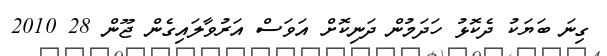
ގިނަ ބަޔަކު ދެކޮޅު ހަދަމުން ދަނިކޮށް އަވަސް އަރުވާލައިގެން ޖޫން 28 2010